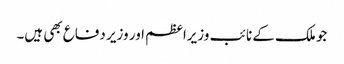
جو ملک کے نائب وزیراعظم اور وزیر دفاع بھی ہیں۔